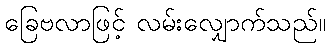
ခြေဗလာဖြင့် လမ်းလျှောက်သည်။